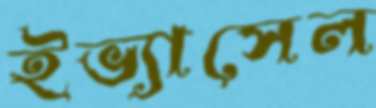
ইভ্যাসেল